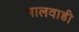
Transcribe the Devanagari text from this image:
मालवाडी